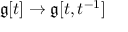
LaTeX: { \mathfrak { g } } [ t ] \to { \mathfrak { g } } [ t , t ^ { - 1 } ]